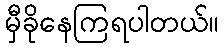
မှီခိုနေကြရပါတယ်။